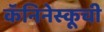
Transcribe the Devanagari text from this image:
कॅनिनेस्कूची